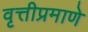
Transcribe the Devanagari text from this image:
वृत्तीप्रमाणे